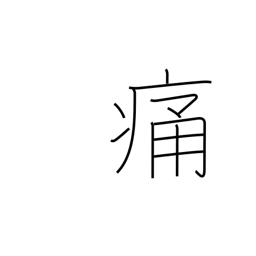
Meaning: hurt